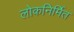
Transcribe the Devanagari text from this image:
लोकनिर्मित